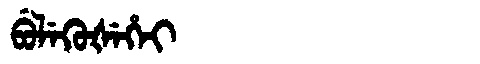
Manchu: ᠪᡠᠯᡝᡴᡠᡧᡝᡥᡝᡳ
Romanization: BULEKUŠEHEI